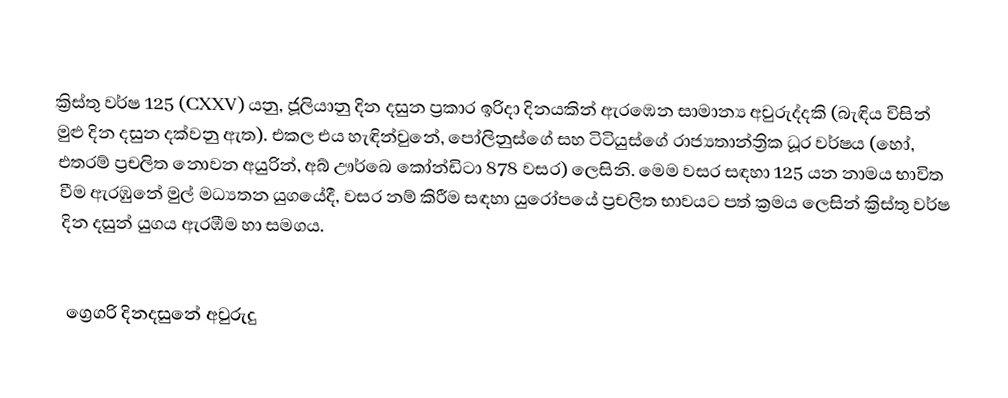

ක්‍රිස්තු වර්ෂ 125 (CXXV) යනු,  ජූලියානු දින දසුන ප්‍රකාර   ඉරිදා දිනයකින් ඇරඹෙන සාමාන්‍ය අවුරුද්දකි  (බැඳිය විසින් මුළු දින දසුන දක්වනු ඇත). එකල එය හැඳින්වුනේ, පෝලිනුස්ගේ සහ ටිටියුස්ගේ රාජ්‍යතාන්ත්‍රික  ධූර වර්ෂය (හෝ, එතරම් ප්‍රචලිත නොවන අයුරින්,  අබ් ඌර්බෙ කෝන්ඩිටා  878 වසර) ලෙසිනි.  මෙම වසර සඳහා 125 යන නාමය භාවිත වීම ඇරඹුනේ මුල් මධ්‍යතන යුගයේදී, වසර නම් කිරීම සඳහා යුරෝපයේ ප්‍රචලිත භාවයට පත් ක්‍රමය ලෙසින් ක්‍රිස්තු වර්ෂ දින දසුන් යුගය ඇරඹීම හා සමගය.

ග්‍රෙගරි දිනදසුනේ අවුරුදු